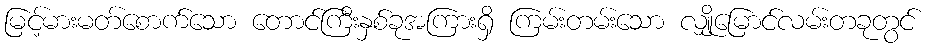
မြင့်မားမတ်စောက်သော တောင်ကြီးနှစ်ခုအကြားရှိ ကြမ်းတမ်းသော လျှိုမြောင်လမ်းတခုတွင်